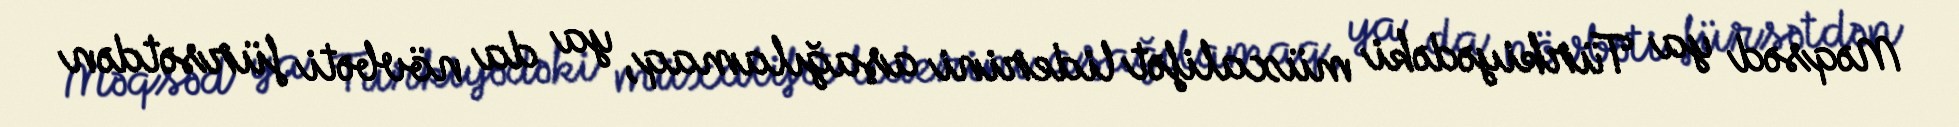
Məqsəd ya Türkiyədəki müxalifət liderini aşağılamaq, ya da növbəti fürsətdən